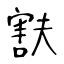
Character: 㝬